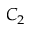
C _ { 2 }